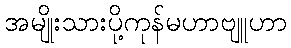
အမျိုးသားပို့ကုန်မဟာဗျူဟာ